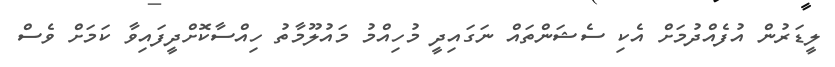
ލީޑަރުން އުފެއްދުމަށް އެކި ސެޝަންތައް ނަގައިދީ މުހިއްމު މައުލޫމާތު ހިއްސާކޮށްދީފައިވާ ކަމަށް ވެސް